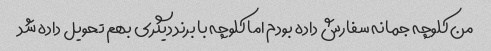
من کلوچه جمانه سفارش داده بودم اما کلوچه با برند دیگری بهم تحویل داده شد